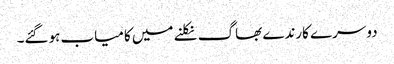
دوسرے کارندے بھاگ نکلنے میں کامیاب ہوگئے۔